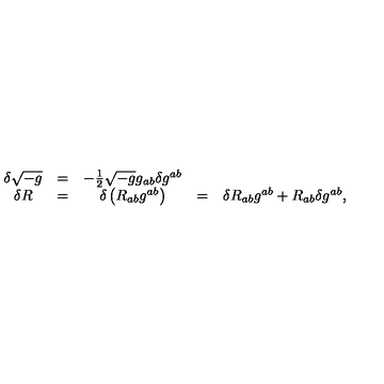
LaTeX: \begin{array} { c c c c c } { \delta \sqrt { - g } } & { = } & { - { \frac { 1 } { 2 } } \sqrt { - g } g _ { a b } \delta g ^ { a b } } & { \ } & { } \\ { \delta R } & { = } & { \delta \left( R _ { a b } g ^ { a b } \right) } & { = } & { \delta R _ { a b } g ^ { a b } + R _ { a b } \delta g ^ { a b } , } \\ \end{array}